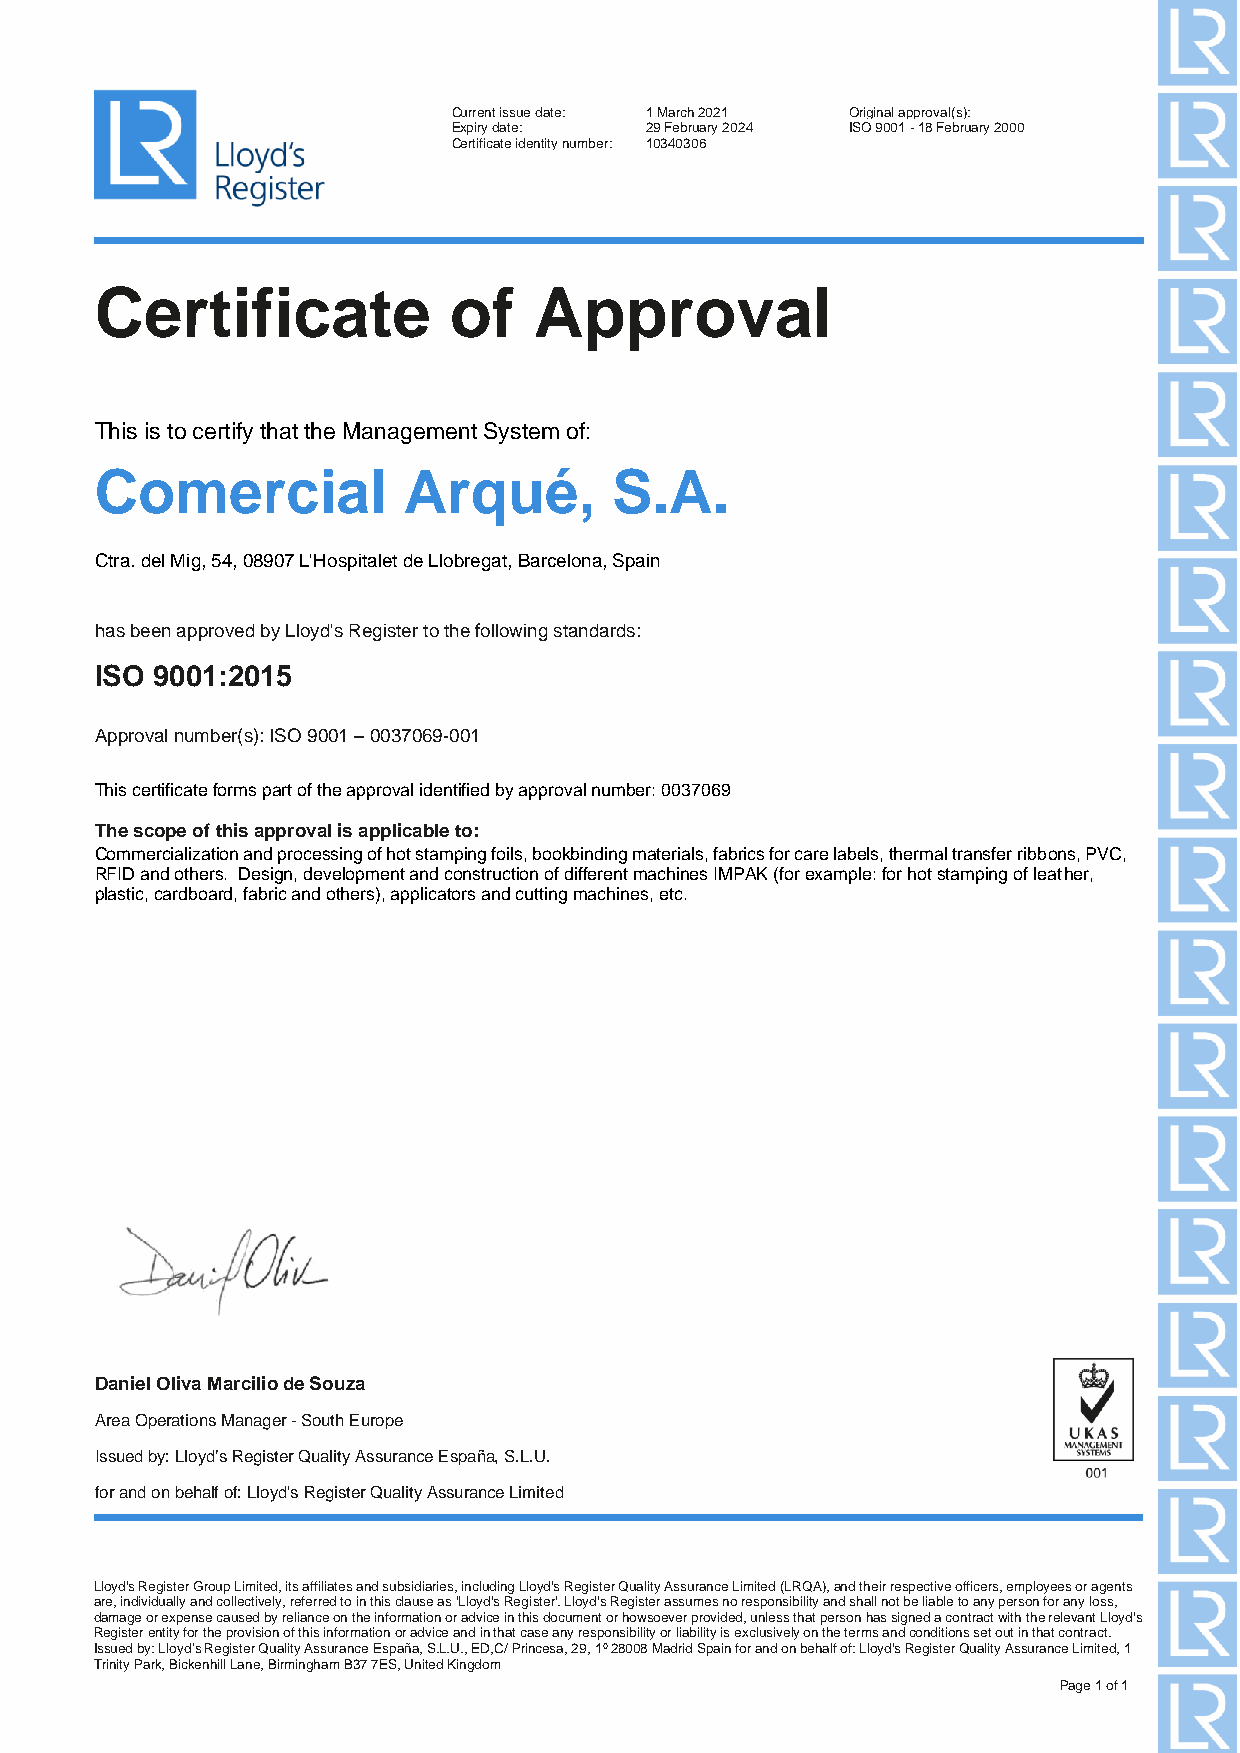
Current issue date: 1 March 2021 Original approval(s):
 Expiry date: 29 February 2024 ISO 9001 - 18 February 2000
 Certificate identity number: 10340306
 Certificate             of   Approval
 This is to certify that the Management System of:
 Comercial            Arqué,        S.A.
 Ctra. del Mig, 54, 08907 L'Hospitalet de Llobregat, Barcelona, Spain
 has been approved by Lloyd's Register to the following standards:
 ISO 9001:2015
 Approval number(s): ISO 9001 – 0037069-001
 This certificate forms part of the approval identified by approval number: 0037069
 The scope of this approval is applicable to:
 Commercialization and processing of hot stamping foils, bookbinding materials, fabrics for care labels, thermal transfer ribbons, PVC,
 RFID and others. Design, development and construction of different machines IMPAK (for example: for hot stamping of leather,
 plastic, cardboard, fabric and others), applicators and cutting machines, etc.
 Daniel Oliva Marcilio de Souza
 Area Operations Manager - South Europe
 Issued by: Lloyd’s Register Quality Assurance España, S.L.U.
 for and on behalf of: Lloyd's Register Quality Assurance Limited
 Lloyd's Register Group Limited, its affiliates and subsidiaries, including Lloyd's Register Quality Assurance Limited (LRQA), and their respective officers, employees or agents
 are, individually and collectively, referred to in this clause as 'Lloyd's Register'. Lloyd's Register assumes no responsibility and shall not be liable to any person for any loss,
 damage or expense caused by reliance on the information or advice in this document or howsoever provided, unless that person has signed a contract with the relevant Lloyd's
 Register entity for the provision of this information or advice and in that case any responsibility or liability is exclusively on the terms and conditions set out in that contract.
 Issued by: Lloyd’s Register Quality Assurance España, S.L.U., ED,C/ Princesa, 29, 1º 28008 Madrid Spain for and on behalf of: Lloyd's Register Quality Assurance Limited, 1
 Trinity Park, Bickenhill Lane, Birmingham B37 7ES, United Kingdom
 Page 1 of 1